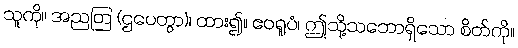
သူကို။ အညတြ (ဌပေတွာ)၊ ထား၍။ ဧဝရူပံ၊ ဤသို့သဘောရှိသော စိတ်ကို။